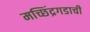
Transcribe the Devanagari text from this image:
मच्छिंद्रगडाची